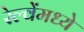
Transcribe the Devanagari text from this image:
रेल्वेंमध्ये